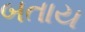
બતાય